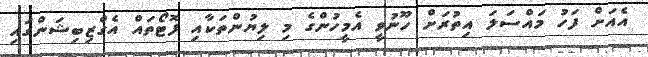
އެއަށް ފަހު މައްސަލަ އިތުރަށް ހޫނުވީ އެމީހުންގެ މި ލިޔުންތަކާއި ފޮޓޯތައް އެގްޒިބިޝަންގައި